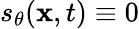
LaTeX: s_{\theta}(\mathbf{x},t)\equiv 0